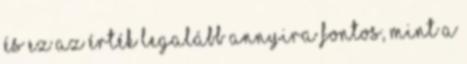
és ez az érték legalább annyira fontos, mint a